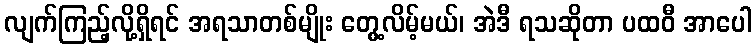
လျက်ကြည့်လို့ရှိရင် အရသာတစ်မျိုး တွေ့လိမ့်မယ်၊ အဲဒီ ရသဆိုတာ ပထဝီ အာပေါ